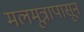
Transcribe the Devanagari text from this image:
मलमूत्रापासून